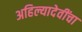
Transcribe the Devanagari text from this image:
अहिल्यादेवींचा